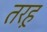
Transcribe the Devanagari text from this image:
तरह़